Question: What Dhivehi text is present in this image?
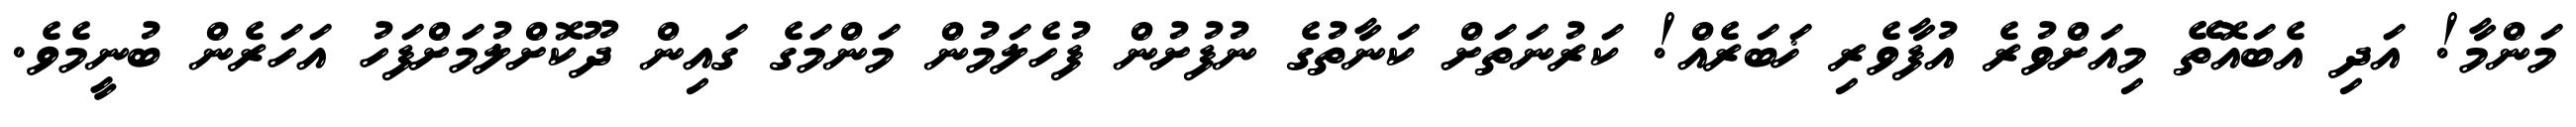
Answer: މަންމާ! އަދި އެބައޮތޭ މިއަށްވުރެ އުފާވެރި ޚަބަރެއް! ކަރުނަތަށް ކަނާތުގެ ނުފުށުން ފުހެލަމުން މަންމަގެ ގައިން ދޫކޮށްލުމަށްފަހު އަހަރެން ބުނީމެވެ.